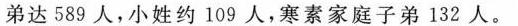
弟达589人，小姓约109人，寒素家庭子弟132人。